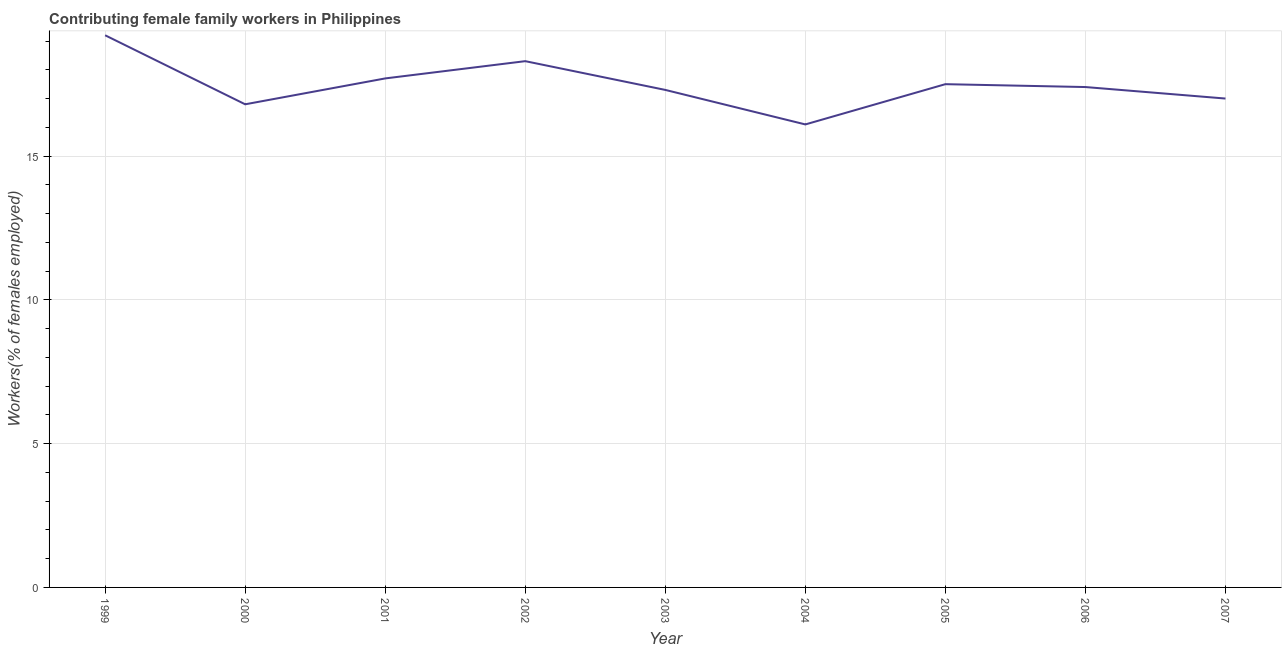
| Year | Contributing family workers |
 | --- | --- |
 | 1999 | 19.2 |
 | 2000 | 16.8 |
 | 2001 | 17.7 |
 | 2002 | 18.3 |
 | 2003 | 17.3 |
 | 2004 | 16.1 |
 | 2005 | 17.5 |
 | 2006 | 17.4 |
 | 2007 | 17 |